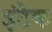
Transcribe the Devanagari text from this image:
इंटैक